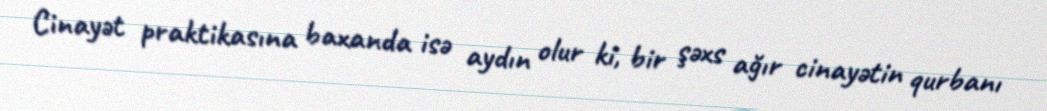
Cinayət praktikasına baxanda isə aydın olur ki, bir şəxs ağır cinayətin qurbanı